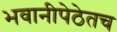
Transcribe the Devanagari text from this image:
भवानीपेठेतच